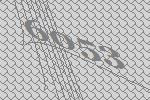
6053